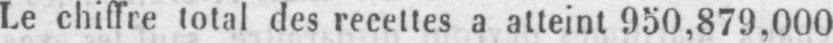
Le chiffre total des recettes a atteint 950,879,000